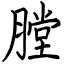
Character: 膛